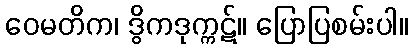
ဝေမတိက၊ ဒွိကဒုက္ကဋ်။ ပြောပြစမ်းပါ။